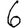
Digit: 6